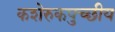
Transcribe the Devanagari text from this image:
कशेरुकपुच्छीय